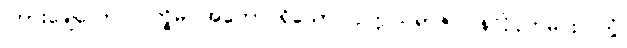
ကြားချေလော။ ပက္ခိမ၊ အတောင်ရှိသော။ ဥက္ကုသရာဇ၊ ဝန်လိုငှက်မင်း။ တွံ၊